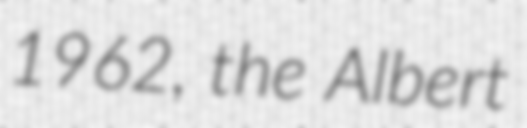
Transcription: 1962, the Albert